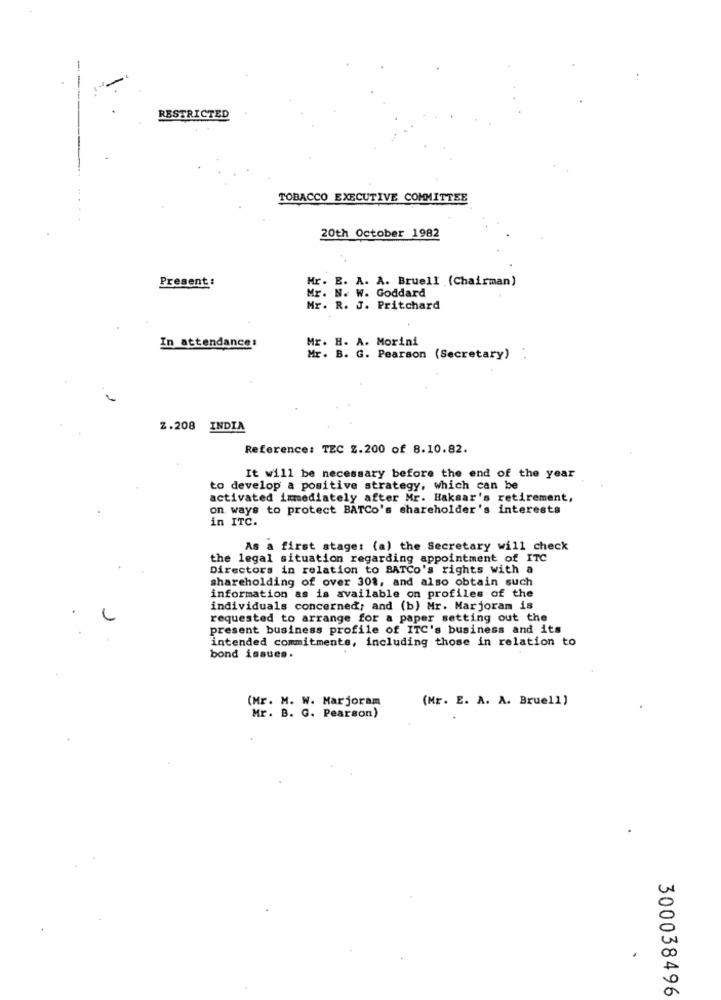
-
RESTRICTED
TOBACCO EXECUTIVE COMMITTEE
20th October 1982
Present:
Mr. E. A. A. Bruell (Chairman)
Mr. N. W. Goddard
Mr. R. J. Pritchard
In attendance:
Mr. H. A. Morini
Mr. B. G. Pearson (Secretary) :
Z.208 INDIA
Reference: TEC 2.200 of 8.10.82.
It will be necessary before the end of the year
to develop a positive strategy, which can be
activated immediately after Mr. Haksar's retirement,
on ways to protect BATCo's shareholder's interests
in ITC.
As a first stage: (a) the Secretary will check
the legal situation regarding appointment of ITC
Directors in relation to BATCo's rights with a
shareholding of over 308, and also obtain such
information as is available on profiles of the
individuals concerned; and (b) Mr. Marjoram is
requested to arrange for a paper setting out the
present business profile of ITC's business and its
intended commitments, including those in relation to
bond issues.
(Mr. M. W. Marjoram
(Mr. E. A. A. Bruell )
Mr. B. G. Pearson)
300038496